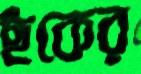
ছঁকের